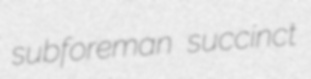
subforeman succinct